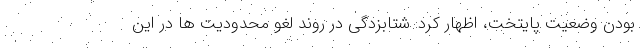
بودن وضعیت پایتخت، اظهار کرد: شتابزدگی در روند لغو محدودیت ها در این